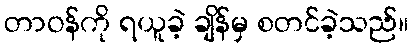
တာဝန်ကို ရယူခဲ့ ချိန်မှ စတင်ခဲ့သည်။